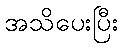
အသိပေးပြီး